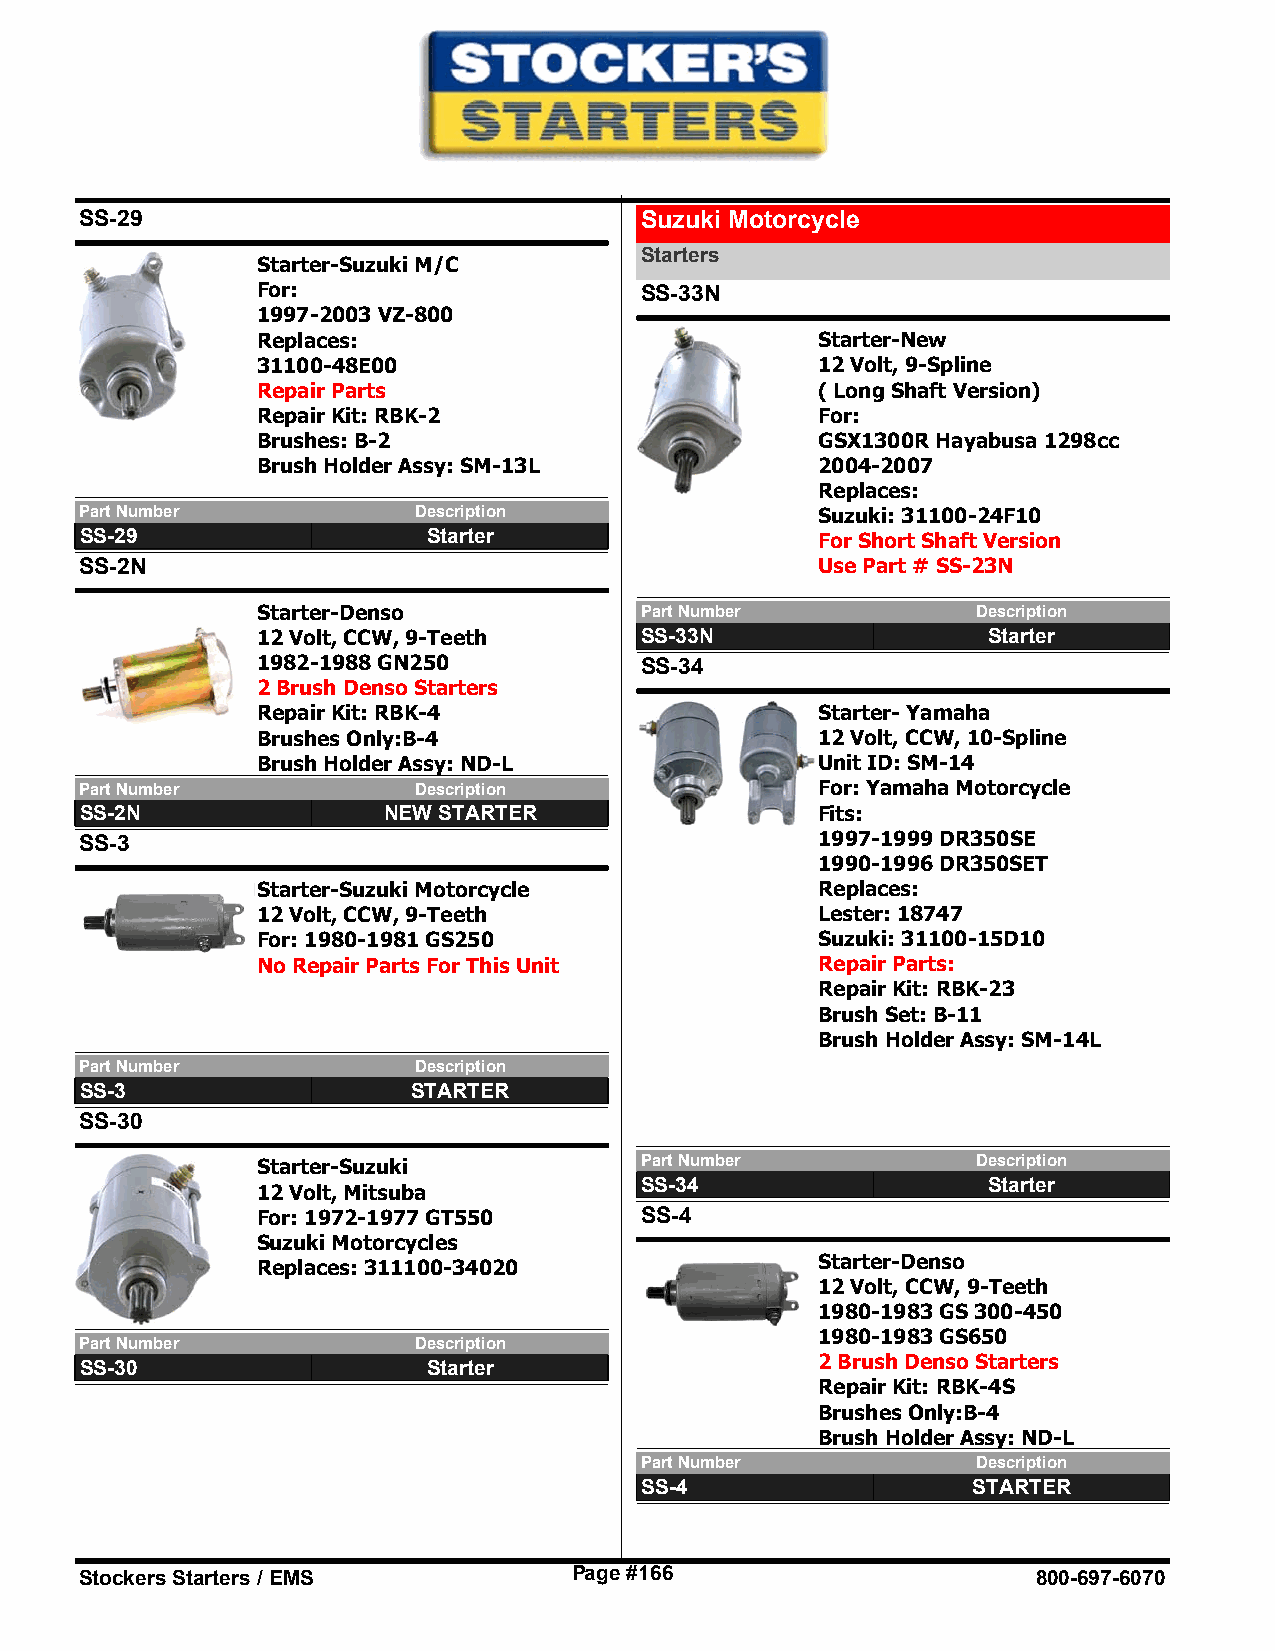
SS-29                                Suzuki Motorcycle
 Starters
 Starter-Suzuki M/C
 For:                     SS-33N
 1997-2003 VZ-800
 Replaces:                            Starter-New
 31100-48E00                          12 Volt, 9-Spline
 Repair Parts                         ( Long Shaft Version)
 Repair Kit: RBK-2                    For:
 Brushes: B-2                         GSX1300R Hayabusa 1298cc
 Brush Holder Assy: SM-13L            2004-2007
 Replaces:
 Part Number           Description                Suzuki: 31100-24F10
 SS-29                  Starter                   For Short Shaft Version
 SS-2N                                            Use Part # SS-23N
 Starter-Denso            Part Number            Description
 12 Volt, CCW, 9-Teeth    SS-33N                 Starter
 1982-1988 GN250          SS-34
 2 Brush Denso Starters
 Repair Kit: RBK-4                    Starter- Yamaha
 Brushes Only:B-4                     12 Volt, CCW, 10-Spline
 Brush Holder Assy: ND-L              Unit ID: SM-14
 Part Number           Description                For: Yamaha Motorcycle
 SS-2N               NEW STARTER                  Fits:
 SS-3                                             1997-1999 DR350SE
 1990-1996 DR350SET
 Starter-Suzuki Motorcycle            Replaces:
 12 Volt, CCW, 9-Teeth                Lester: 18747
 For: 1980-1981 GS250                 Suzuki: 31100-15D10
 No Repair Parts For This Unit        Repair Parts:
 Repair Kit: RBK-23
 Brush Set: B-11
 Brush Holder Assy: SM-14L
 Part Number           Description
 SS-3                  STARTER
 SS-30
 Starter-Suzuki           Part Number            Description
 SS-34                  Starter
 12 Volt, Mitsuba
 For: 1972-1977 GT550     SS-4
 Suzuki Motorcycles
 Replaces: 311100-34020               Starter-Denso
 12 Volt, CCW, 9-Teeth
 1980-1983 GS 300-450
 1980-1983 GS650
 Part Number           Description
 SS-30                  Starter                   2 Brush Denso Starters
 Repair Kit: RBK-4S
 Brushes Only:B-4
 Brush Holder Assy: ND-L
 Part Number            Description
 SS-4                  STARTER
 Stockers Starters / EMS          Page #166                      800-697-6070